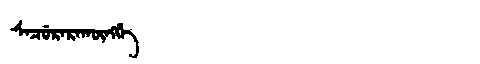
Manchu: ᠰᠠᠴᡠᡵᠠᡵᠠᡴᡡᠩᡤᡝ
Romanization: SACURARAKŪNGGE